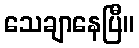
သေချာနေပြီ။